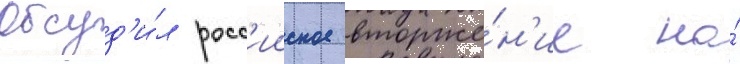
Осуд'и́л росс'ииское вторже́н'ие на́